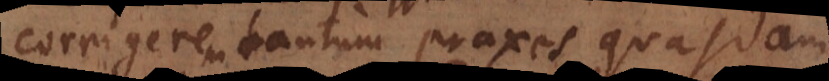
corrigerem tantum praxes quasdam